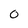
Character: 0